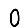
Digit: 0